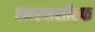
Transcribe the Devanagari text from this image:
एमएससीएफ